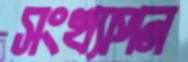
সংখ্যাপন